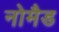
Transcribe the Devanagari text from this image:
नोमैड